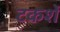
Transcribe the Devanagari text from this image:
टकशें